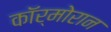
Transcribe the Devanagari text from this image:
कॉर्मोरान